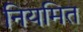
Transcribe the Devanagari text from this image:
नियमित